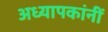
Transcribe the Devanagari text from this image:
अध्यापकांनीं